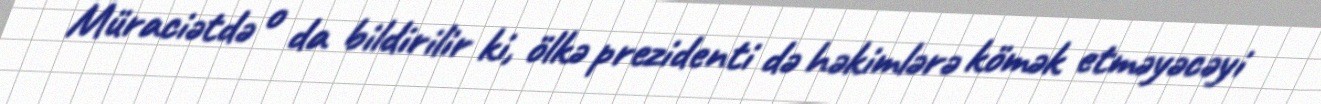
Müraciətdə o da bildirilir ki, ölkə prezidenti də həkimlərə kömək etməyəcəyi